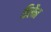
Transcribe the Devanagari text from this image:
डिसैन